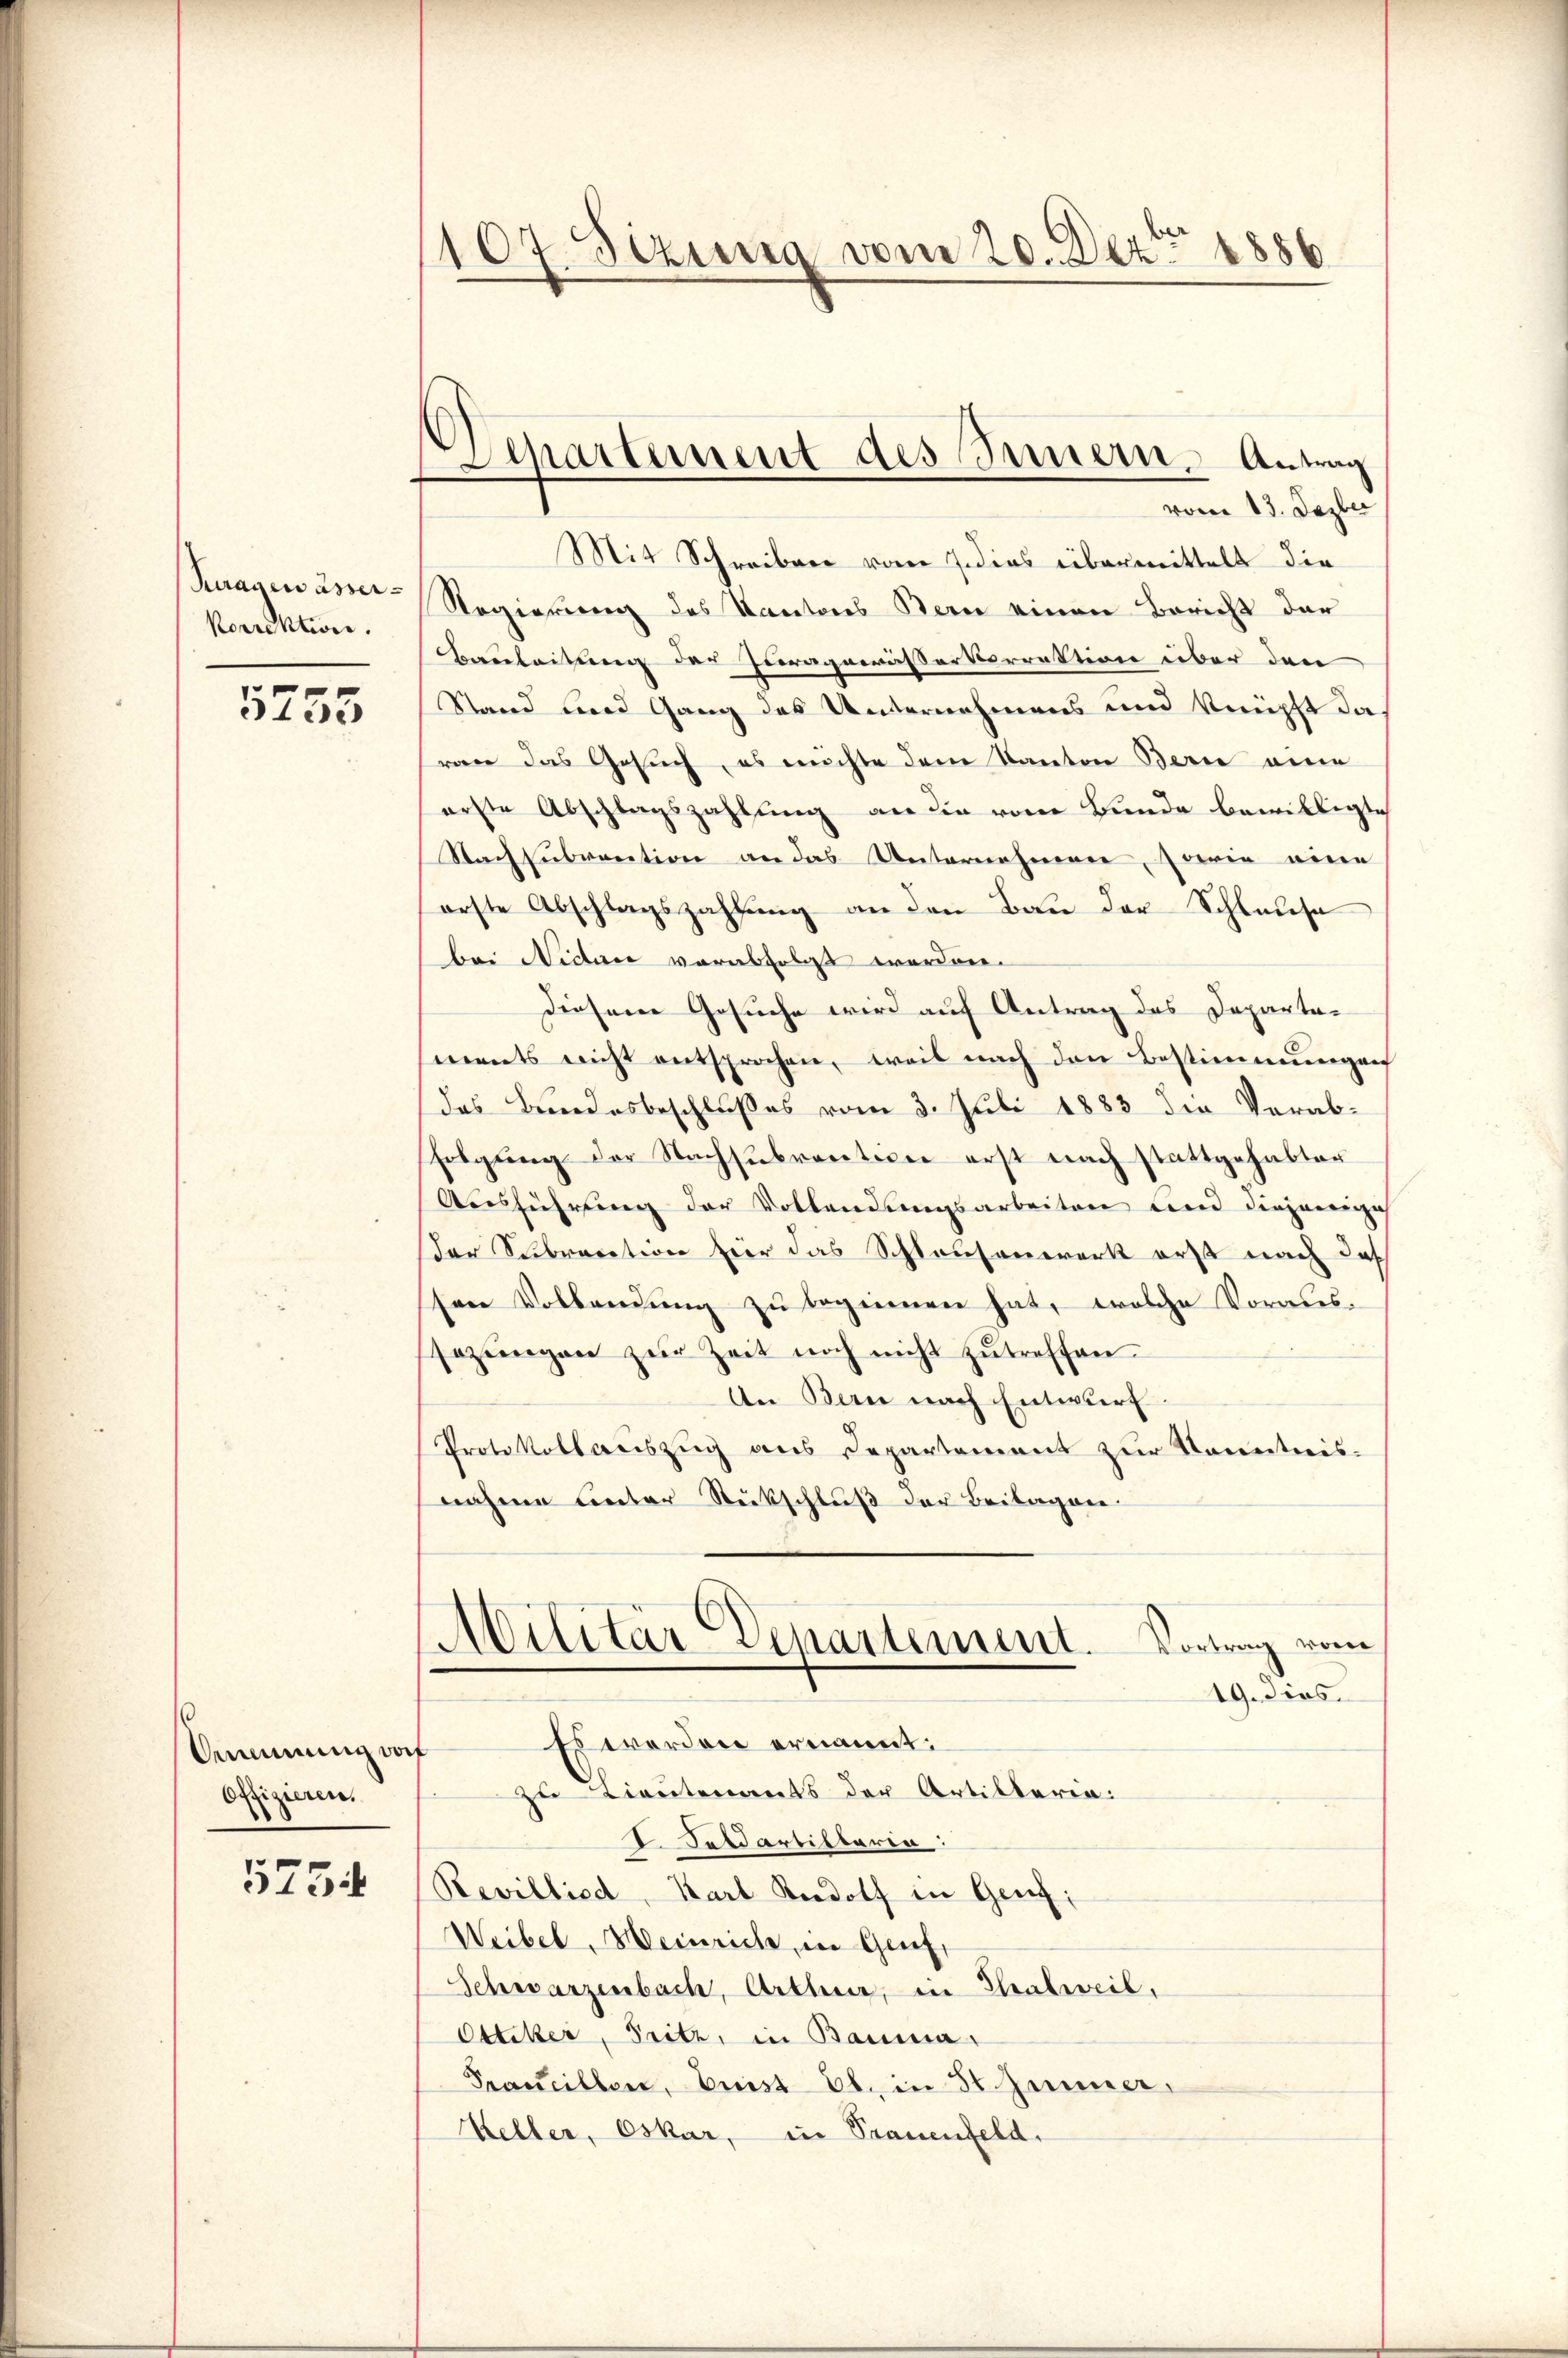
Kuagewässerkorrektion.

5755

.
Ammmung dorf
Offizieren.

5754

107. Sizung vom 20. Dez. 1886

vom 13. Dezber
Mit Schreiben vom 7. dies übermittelt die
Regierung des Kantons Bern einen Bericht der
Bauleitung der Juragewässerkorrektion über den
Stand und Gang des Unternehmens und knüpft da
rene das Gesuch, es möchte dem Kanton Berne eine
erste Abschlagszahlung an die vom Bunde bewilligte
Nach subvention an das Unternehmen, sowie eine
orste Abschlagszahlung an den Bau der Schlause
bei Niduce vorabfolgt worden.
diesem Gesuche wird auf Antrag des Departa-
ments nicht entsprochen, weil nach den Bestimmungen
das Bundesbeschlußes vom 3. Juli 1883 die Verabfolgung der Nachsubvention erst nach stattgehabter
Ausführung der Vollendungsarbeiten und diejenige
der Subraction für das Schlausenwerk erst nach das
sen Vollendung zu beginnen hat, welche Voraussozŭngen zŭr Zeit noch nicht zutreffen.
An Bern nach Entwurf.
Protokollauszug aus Departement zur Kenntnisnahme unter Rückschluß der Beilagen.
Militär Departement.
Vortrag vom
19. dies
Es worden ernannt:
zu Lieutenants der Artikteria:
Soldartilbaren:
Revillied, Karl Rudolf in Genf;
Weibel, Meinrich, in Genf,
Schwarzenbach, Arthur, in Thalweil,
Ottiker, Pritz, in Bauma,
Francillen, Frist Eb. in St. Zimmer,
Keller, Oskar, in Trauenfeld.

Departement des Innern, Antrag